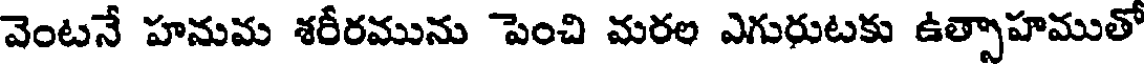
వెంటనే హనుమ శరీరమును పెంచి మరల ఎగురుటకు ఉత్సాహముతో